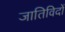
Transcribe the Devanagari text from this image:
जातिविदों